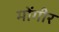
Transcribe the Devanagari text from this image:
मोंगीर